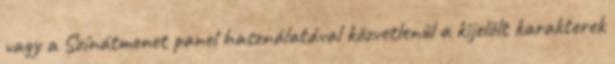
vagy a Színátmenet panel használatával közvetlenül a kijelölt karakterek